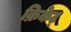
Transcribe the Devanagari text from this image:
क्रिकेट्